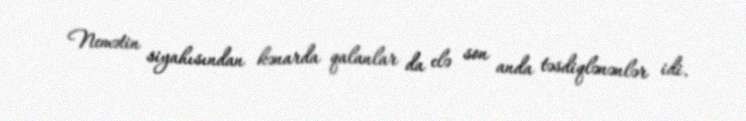
Nemətin siyahısından kənarda qalanlar da elə son anda təsdiqlənənlər idi.